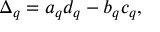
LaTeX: \Delta _ { q } = a _ { q } d _ { q } - b _ { q } c _ { q } ,